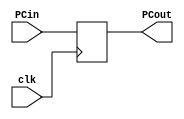
`timescale 1ns / 1ps
//////////////////////////////////////////////////////////////////////////////////
// Company: 
// Engineer: 
// 
// Design Name: 
// Module Name:    ProgramCounter 
// Project Name: 
// Target Devices: 
// Tool versions: 
// Description: 
//
// Dependencies: 
//
// Revision: 
// Revision 0.01 - File Created
// Additional Comments: 
//
//////////////////////////////////////////////////////////////////////////////////
module ProgramCounter( input [31:0] PCin,
							  input clk,
							  output reg [31:0] PCout);
	initial begin 
		PCout <= 0;
	end 
	
	always @(posedge clk) begin
		PCout <= PCin;
	end
	
endmodule